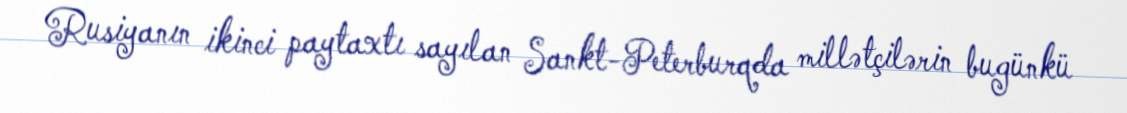
Rusiyanın ikinci paytaxtı sayılan Sankt-Peterburqda millətçilərin bugünkü